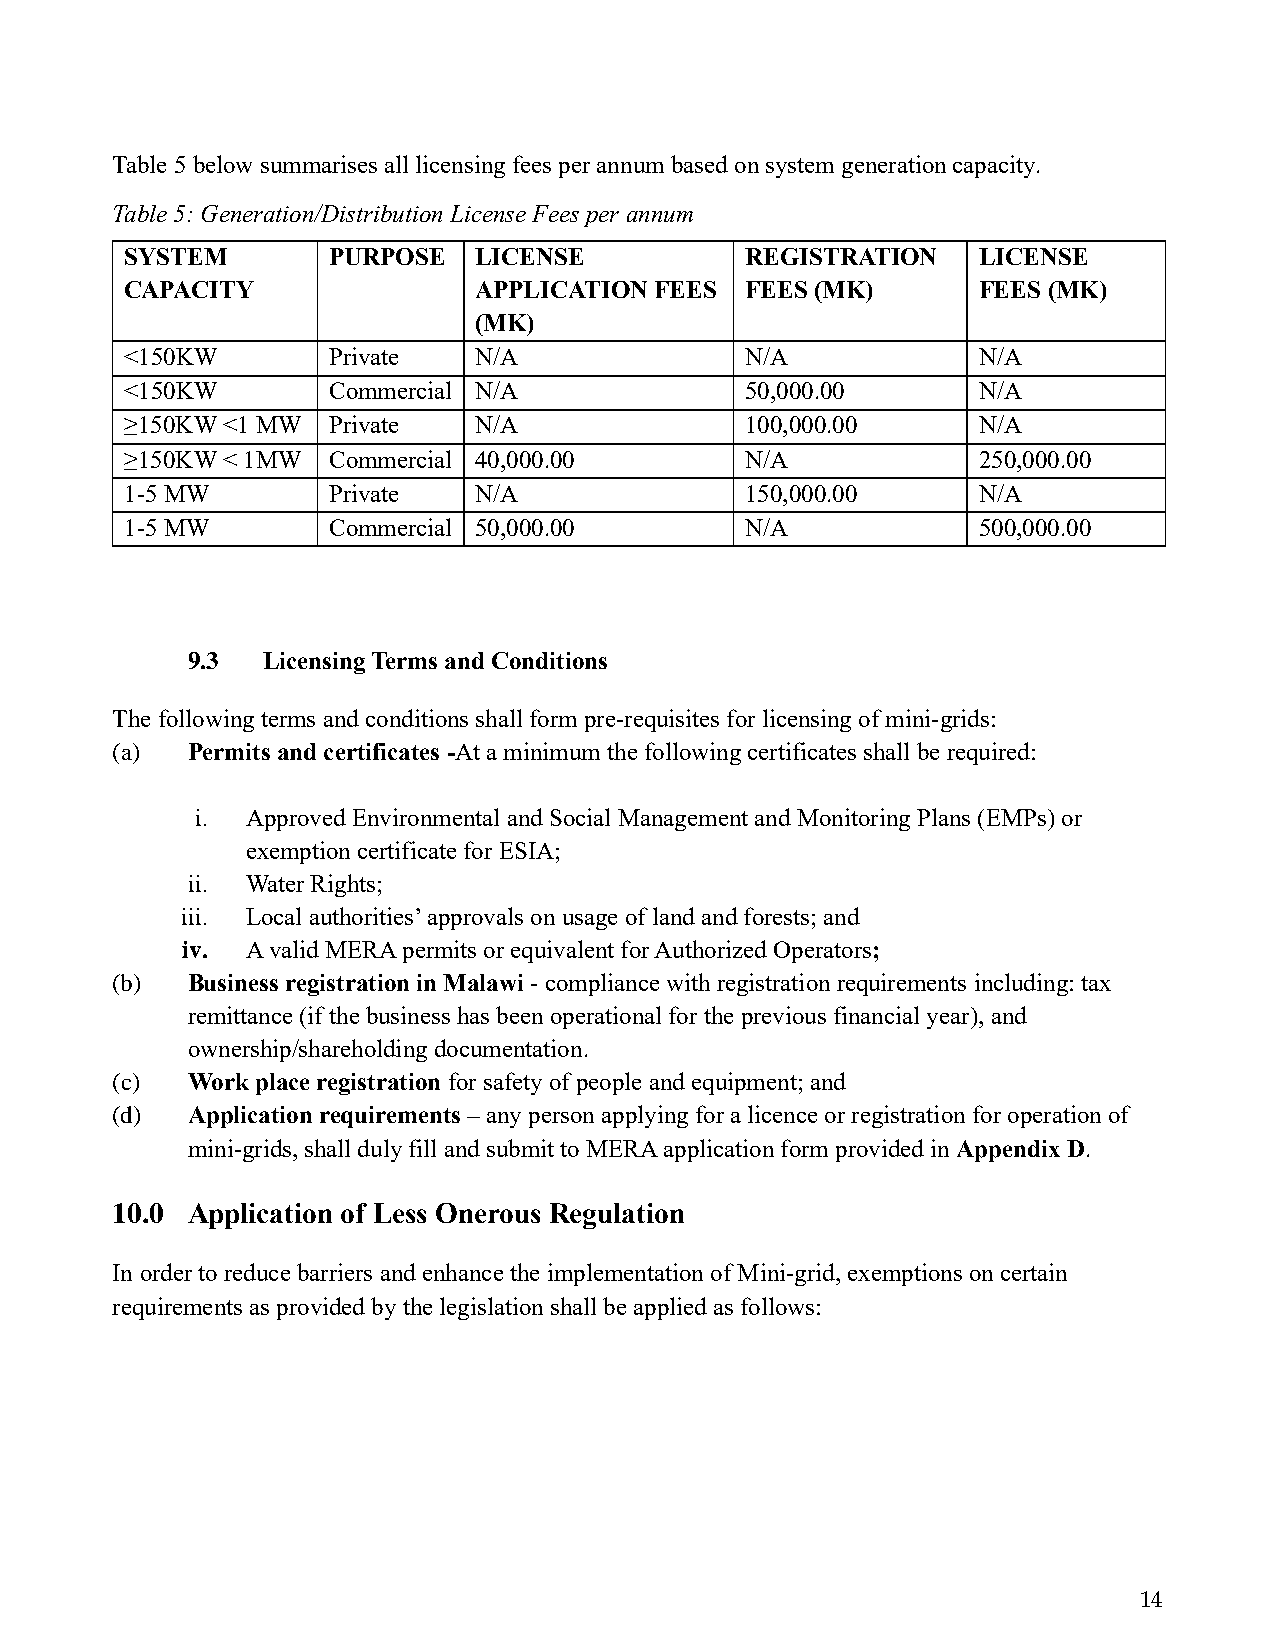
Table 5 below summarises all licensing fees per annum based on system generation capacity.
 Table 5: Generation/Distribution License Fees per annum
 SYSTEM        PURPOSE  LICENSE           REGISTRATION    LICENSE
 CAPACITY               APPLICATION FEES  FEES (MK)       FEES (MK)
 (MK)
 <150KW        Private  N/A               N/A             N/A
 <150KW        Commercial N/A             50,000.00       N/A
 ≥150KW <1 MW  Private  N/A               100,000.00      N/A
 ≥150KW < 1MW  Commercial 40,000.00       N/A             250,000.00
 1-5 MW        Private  N/A               150,000.00      N/A
 1-5 MW        Commercial 50,000.00       N/A             500,000.00
 9.3  Licensing Terms and Conditions
 The following terms and conditions shall form pre-requisites for licensing of mini-grids:
 (a)  Permits and certificates -At a minimum the following certificates shall be required:
 i. Approved Environmental and Social Management and Monitoring Plans (EMPs) or
 exemption certificate for ESIA;
 ii. Water Rights;
 iii. Local authorities’ approvals on usage of land and forests; and
 iv. A valid MERA permits or equivalent for Authorized Operators;
 (b)  Business registration in Malawi - compliance with registration requirements including: tax
 remittance (if the business has been operational for the previous financial year), and
 ownership/shareholding documentation.
 (c)  Work place registration for safety of people and equipment; and
 (d)  Application requirements – any person applying for a licence or registration for operation of
 mini-grids, shall duly fill and submit to MERA application form provided in Appendix D.
 10.0 Application of Less Onerous Regulation
 In order to reduce barriers and enhance the implementation of Mini-grid, exemptions on certain
 requirements as provided by the legislation shall be applied as follows:
 14